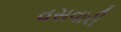
વસવારી